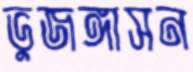
ভুজঙ্গাসন